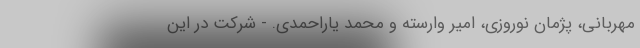
مهربانی، پژمان نوروزی، امیر وارسته و محمد یاراحمدی. - شرکت در این